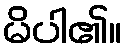
မိပါ၏။